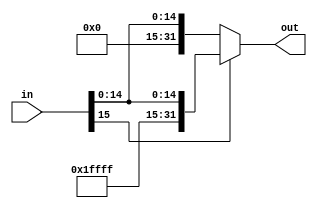
module signExtend16 (input [15:0] in
, output reg [31:0] out);
    always @(*)
    begin
        out = (in[15] == 1) ? {16'b1111111111111111, in} : {16'b0000000000000000, in};
    end
endmodule // signExtend
module signExtend26 (input [25:0] in
, output reg [31:0] out);
    always @(*)
    begin
        out = {16'b0000000000000000, in};
    end
endmodule // signExtend for 26-bit